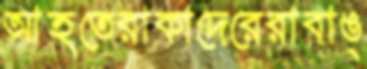
আহতেরাকাদেরেরাবাঙ্